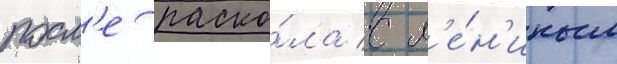
посл'е раско́ла с л'е́н'иным